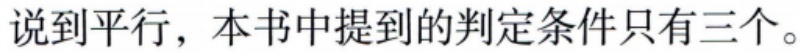
说到平行，本书中提到的判定条件只有三个。